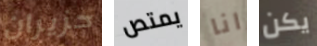
حزيران يمتص انا يكن